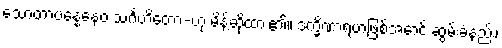
သောတာပန္နေနေဝ သင်္ဂဟိတော-ဟု မိန့်ဆိုထား၏။ ဒက္ခိဏာရဟဖြစ်အောင် ဆွမ်းခံနည်း၊